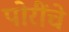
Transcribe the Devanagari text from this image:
पोरींचे